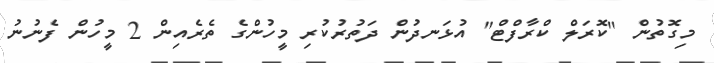
މިގޮތުން "ކޮރަލް ކްރާފްޓް" އުޅަނދުން ދަތުރުކުރި މީހުންގެ ތެރެއިން 2 މީހުން ފެނުނު